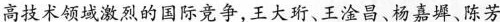
高技术领域激烈的国际竞争，王大珩、王淦昌、杨嘉墀、陈芳